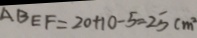
A B E F = 2 0 + 1 0 - 5 = 2 5 c m ^ { 2 }